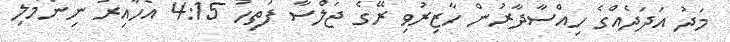
މަދު އަދަދެއްގެ ހިއްސާދާރުން ހާޒިރުވި ރޭގެ ޖަލްސާ ފަތިހު 4:15 އެހާއިރު ނިންމާލި